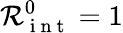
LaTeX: \mathcal{R}_{\mathrm{~i~n~t~}}^{0}=1